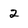
Character: 2